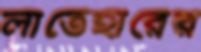
লাতেহারের